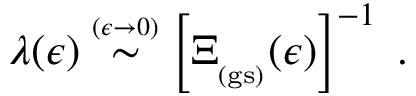
\lambda ( \epsilon ) \stackrel { \scriptscriptstyle ( \epsilon \rightarrow 0 ) } { \sim } \left[ \Xi _ { _ \mathrm { ( g s ) } } ( \epsilon ) \right] ^ { - 1 } \; .